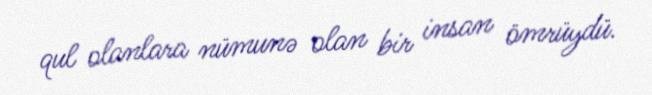
qul olanlara nümunə olan bir insan ömrüydü.